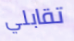
تقابلي